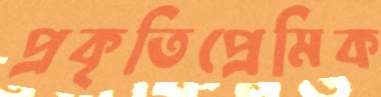
প্রকৃতিপ্রেমিক